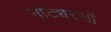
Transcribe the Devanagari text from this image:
नाट्यरसों